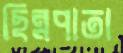
ছিন্নপাতা